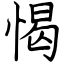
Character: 愒